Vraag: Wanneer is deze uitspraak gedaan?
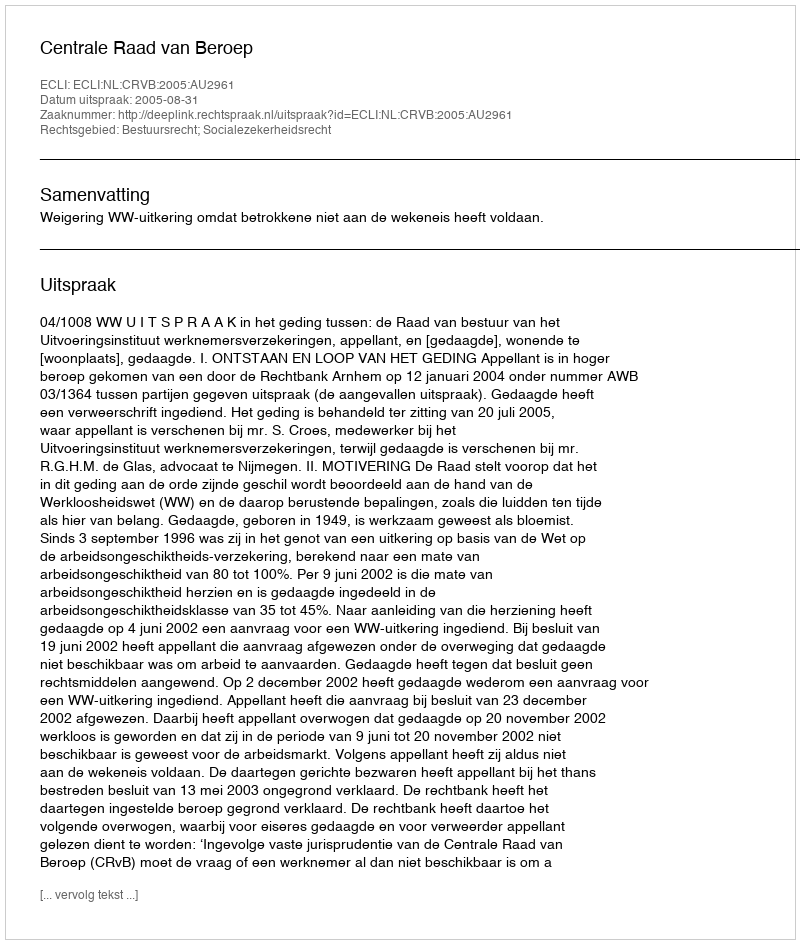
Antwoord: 2005-08-31